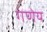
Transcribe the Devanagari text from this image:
गणेय